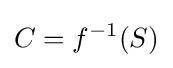
C=f^{-1}(S)